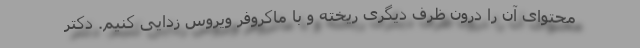
محتوای آن را درون ظرف دیگری ریخته و با ماکروفر ویروس زدایی کنیم. دکتر